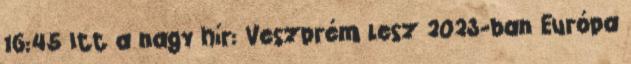
16:45 Itt a nagy hír: Veszprém lesz 2023-ban Európa